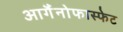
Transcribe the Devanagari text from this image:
आर्गैनोफास्फेट